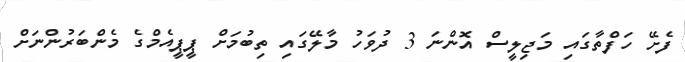
ފެށޭ ހަފްތާގައި މަޖިލީސް އޮންނަ 3 ދުވަހު މާލޭގައި ތިބުމަށް ޕީޕީއެމްގެ މެންބަރުންނަށް